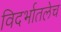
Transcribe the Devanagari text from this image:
विदर्भातलेच